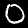
Digit: 0